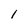
Character: l